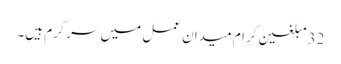
32مبلغین کرام میدان عمل میں سرگرم ہیں۔